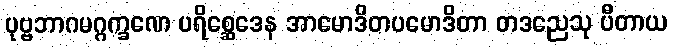
ပုဗ္ဗဘာဂမဂ္ဂက္ခဏေ ပရိစ္ဆေဒေန အာမောဒိတပမောဒိတာ တဒညေသု ပီတာယ